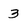
Character: 3